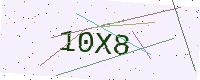
Text: 10X8